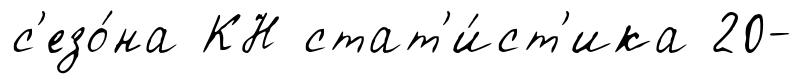
с'езо́на КН стат'и́ст'ика 20-